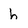
Character: h